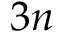
3 n